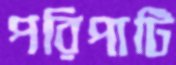
পরিপাটি